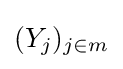
(Y_{j})_{j\in m}